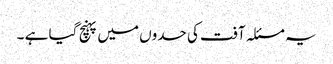
یہ مسئلہ آفت کی حدوں میں پہنچ گیا ہے ۔